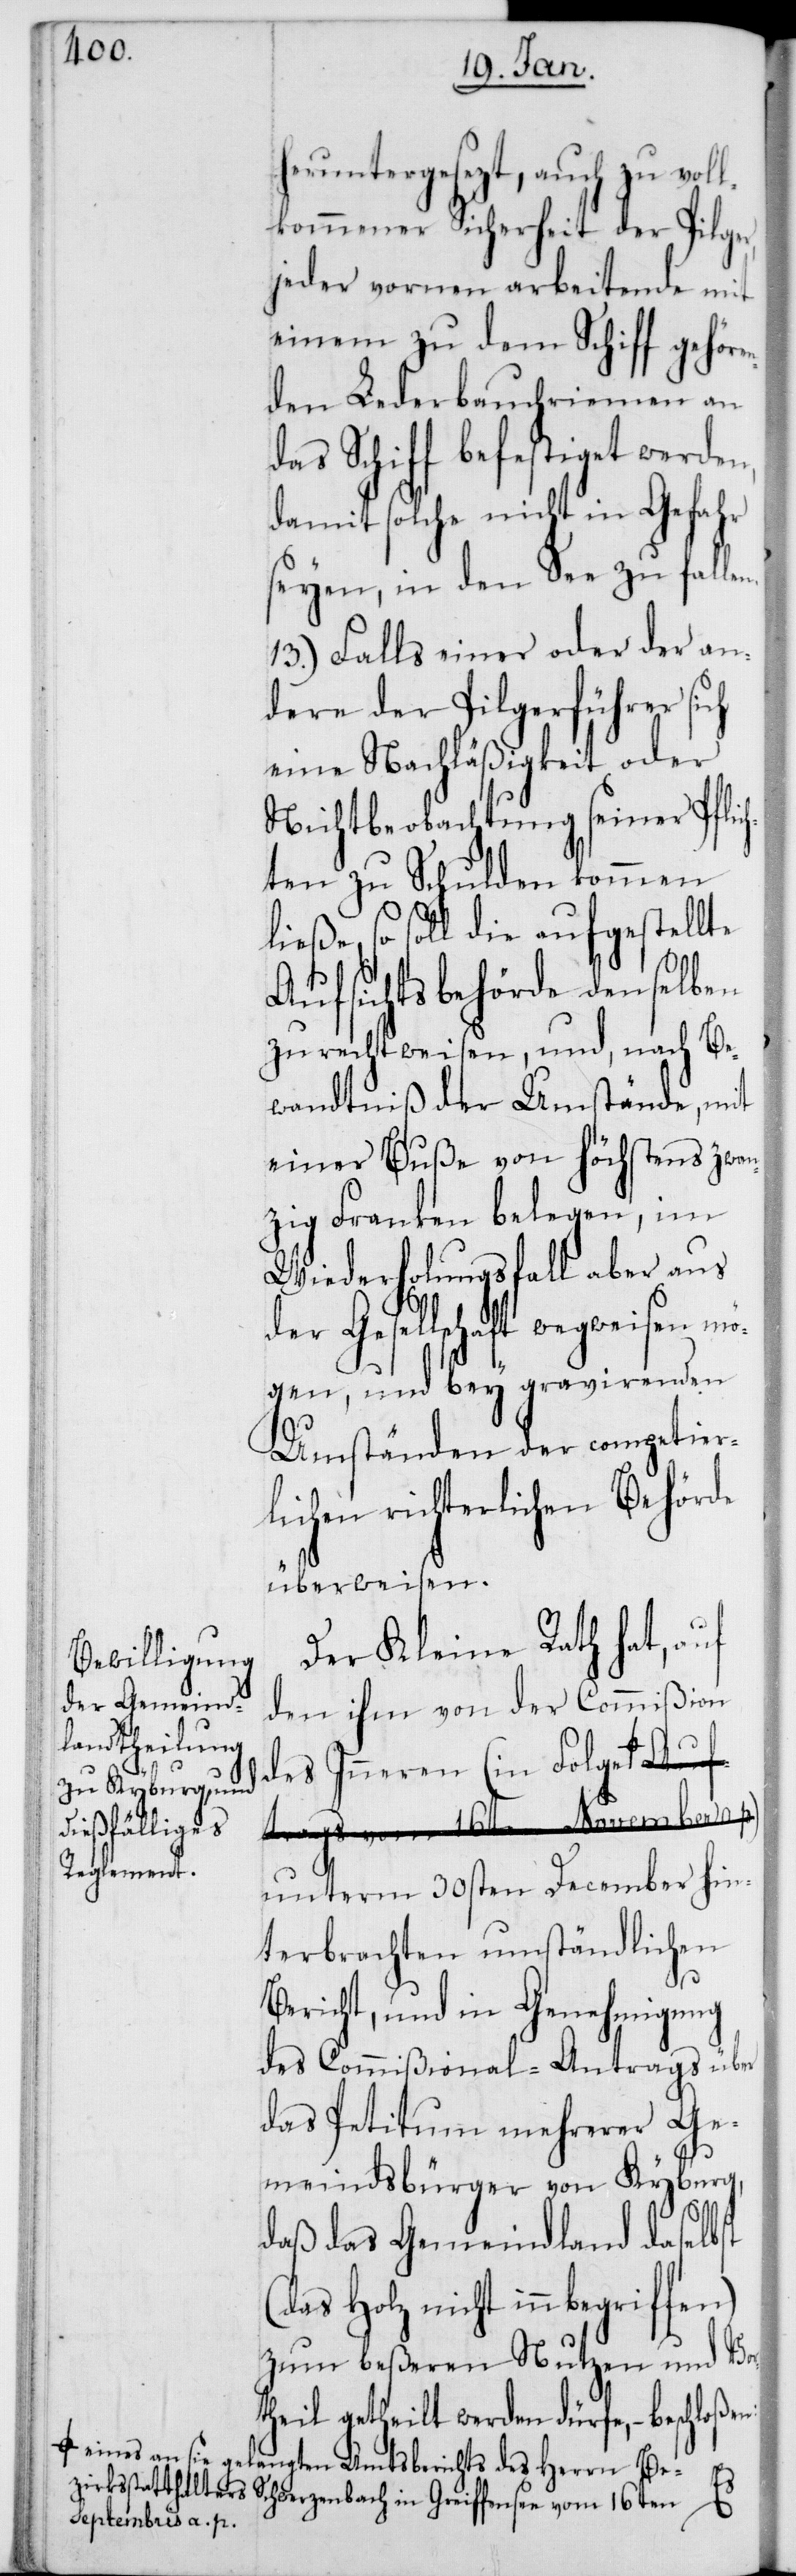
herunter gesezt, auch zu vol¬
lkommener Sicherheit der Pilger,
jeder vornen arbeitende mit
einem zu dem Schiff gehöre¬
nden Lederbauchriemen an
das Schiff befestiget werden,
damit solche nicht in Gefahr
seyen, in den See zu fallen.
13.) Falls einer oder der an¬
dere der Pilgerführer sich
eine Nachläßigkeit oder
Nichtbeobachtung seiner Pflic¬
hten zu Schulden kommen
so soll die aufgestellte
Aufsichtsbehörde denselben
zurechtweisen, und, nach Be¬
wandtniß der Umstände, mit
einer Buße von höchstens zwan¬
zig Franken belegen, im
Wiederholungsfall aber aus
der Gesellschaft wegweisen mö¬
gen, und bey gravirenden
Umständen der competier¬
lichen richterlichen Behörde
überweisen.
Der Kleine Rath hat, auf
den ihm von der Commißion
des Inneren (in Folge
beschloßen:
unterm 30sten December hin¬
terbrachten umständlichen
Bericht, und in Genehmigung
des Commißional-Antrags über
das Petitum mehrerer Ge¬
meindsbürger von Kyburg,
daß das Gemeindland daselbst
(das Holz nicht innbegriffen)
zum beßeren Nutzen und Vor¬
theil getheilt werden dürfe,
a-eines an sie gelangten Amtsberichts des Herrn Be¬
zirksstatthalters Schwerzenbach in Greifensee vom 16ten
Septembris a. p.-a)